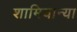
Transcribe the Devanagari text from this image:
शामियान्या